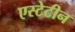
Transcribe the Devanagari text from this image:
एस्टेटीन